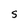
Character: S